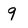
Character: 9